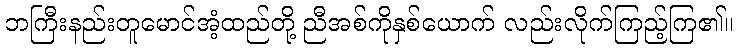
ဘကြီးနည်းတူမောင်အံ့ထည်တို့ ညီအစ်ကိုနှစ်ယောက် လည်းလိုက်ကြည့်ကြ၏။